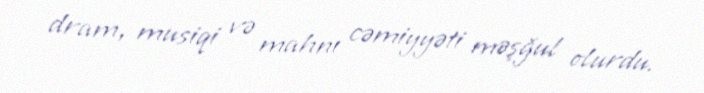
dram, musiqi və mahnı cəmiyyəti məşğul olurdu.